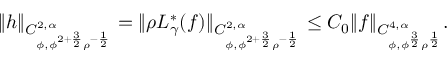
\begin{array} { r } { \| h \| _ { C _ { \phi , \phi ^ { 2 + \frac { 3 } { 2 } } \rho ^ { - \frac { 1 } { 2 } } } ^ { 2 , \alpha } } = \| \rho L _ { \gamma } ^ { * } ( f ) \| _ { C _ { \phi , \phi ^ { 2 + \frac { 3 } { 2 } } \rho ^ { - \frac { 1 } { 2 } } } ^ { 2 , \alpha } } \leq C _ { 0 } \| f \| _ { C _ { \phi , \phi ^ { \frac { 3 } { 2 } } \rho ^ { \frac { 1 } { 2 } } } ^ { 4 , \alpha } } . } \end{array}